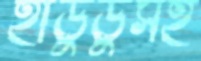
হাডুডুসহ